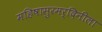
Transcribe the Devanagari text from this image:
महिषासुरमर्दिनीला